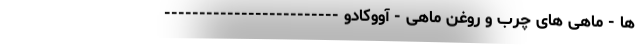
ها - ماهی های چرب و روغن ماهی - آووکادو -------------------------